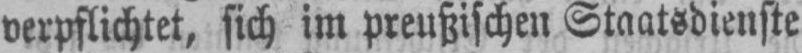
verpflichtet, sich im preußischen Staatsdienste